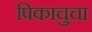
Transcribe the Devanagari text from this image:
पिकाचुचा